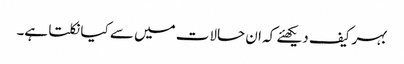
بہرکیف دیکھئے کہ ان حالات میں سے کیا نکلتا ہے۔